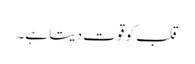
قلب کو قوت دیتا ہے۔